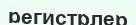
регистрлер